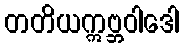
တတိယဣဗ္ဘဝါဒေါ